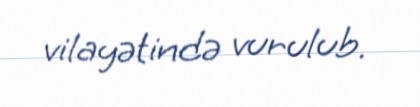
vilayətində vurulub.